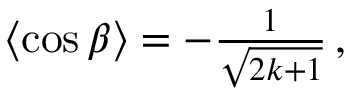
\begin{array} { r } { \left\langle \cos \beta \right\rangle = - \frac { 1 } { \sqrt { 2 k + 1 } } \, , } \end{array}